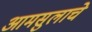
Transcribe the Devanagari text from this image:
आमसुलाचे